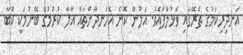
އަނދިރިކަމުގެ ތެރޭގައި ވަޅުލާފައެވެ. އަލުން ކޮނެ އެހަނދާންތައް އާލާ ކުރުމުގެ ބޭނުމަކީ ކޮބާ